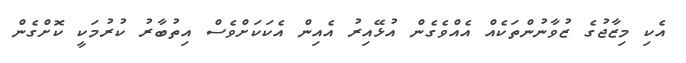
އެކި މިޒާޖުގެ ޒުވާނުންތަކެއް އެއްވެގެން އުޅޭއިރު އެއިން އެކަކަށްވެސް އިތުބާރު ކުރުމަކީ ކޮށްގެން